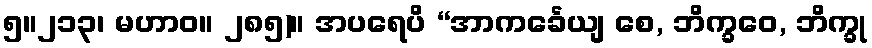
၅။၂၁၃၊ မဟာဝ။ ၂၈၅)။ အပရေပိ “အာကင်္ခေယျ စေ, ဘိက္ခဝေ, ဘိက္ခု